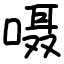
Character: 嗫